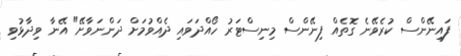
ފައިނޭންސް ކުރެވޭނެ ގޮތެއް ފިނޭންސް މިނިސްޓަރު ހޯއްދަވައި ދެއްވުމަށް ދަންނަވާށޭ" އޭނާ ވިދާޅުވި